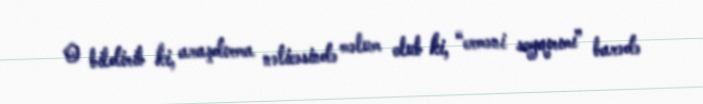
O bildirib ki, araşdırma nəticəsində məlum olub ki, “erməni soyqırımı” barədə